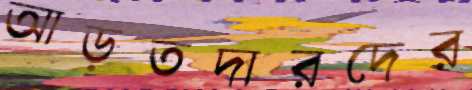
আড়তদারদের